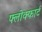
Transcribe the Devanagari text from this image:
फ्लोक्फार्ट